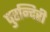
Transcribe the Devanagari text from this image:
पुरन्दिरी